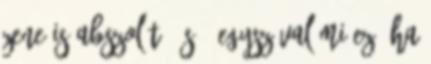
zene is abszolút 90s - egyszóval mi ez, ha